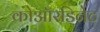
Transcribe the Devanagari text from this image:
कोऑरडिनेट